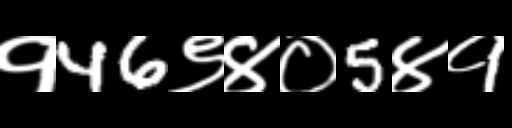
Text: १46९४०5४१